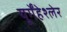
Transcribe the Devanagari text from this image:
यूर्गेंहेश्लेर